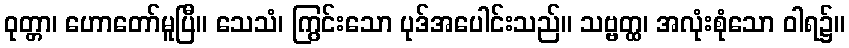
ဝုတ္တာ၊ ဟောတော်မူပြီ။ သေသံ၊ ကြွင်းသော ပုဒ်အပေါင်းသည်။ သဗ္ဗတ္ထ၊ အလုံးစုံသော ဝါရ၌။